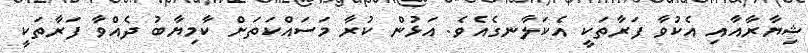
ޝިޔާރާއާއި އެކުވާ ފަރާތަކީ އެކަލާނގެއެވެ. އަޅުން ކުރާ މަސައްކަތަށް ކާމިޔާބު ދެއްވާ ފަރާތަކީ